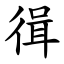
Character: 㣬